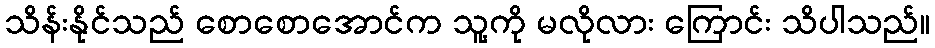
သိန်းနိုင်သည် စောစောအောင်က သူ့ကို မလိုလား ကြောင်း သိပါသည်။